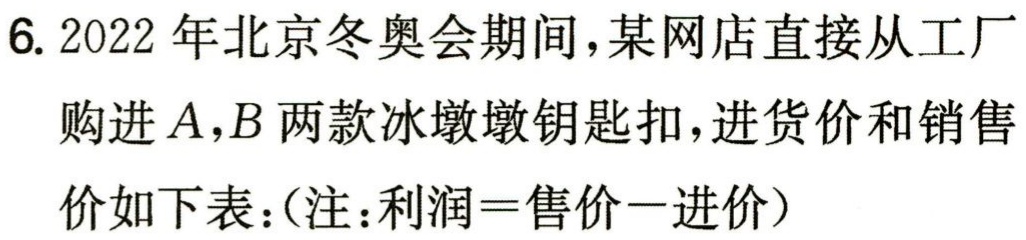
6. 2022 年北京冬奥会期间，某网店直接从工厂
购进\(A,B\)两款冰墩墩钥匙扣，进货价和销售
价如下表：（注：利润=售价－进价）